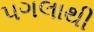
પગલાથી